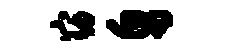
窈帛